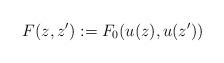
LaTeX: \begin{align*}F(z,z'):=F_0(u(z),u(z'))\end{align*}